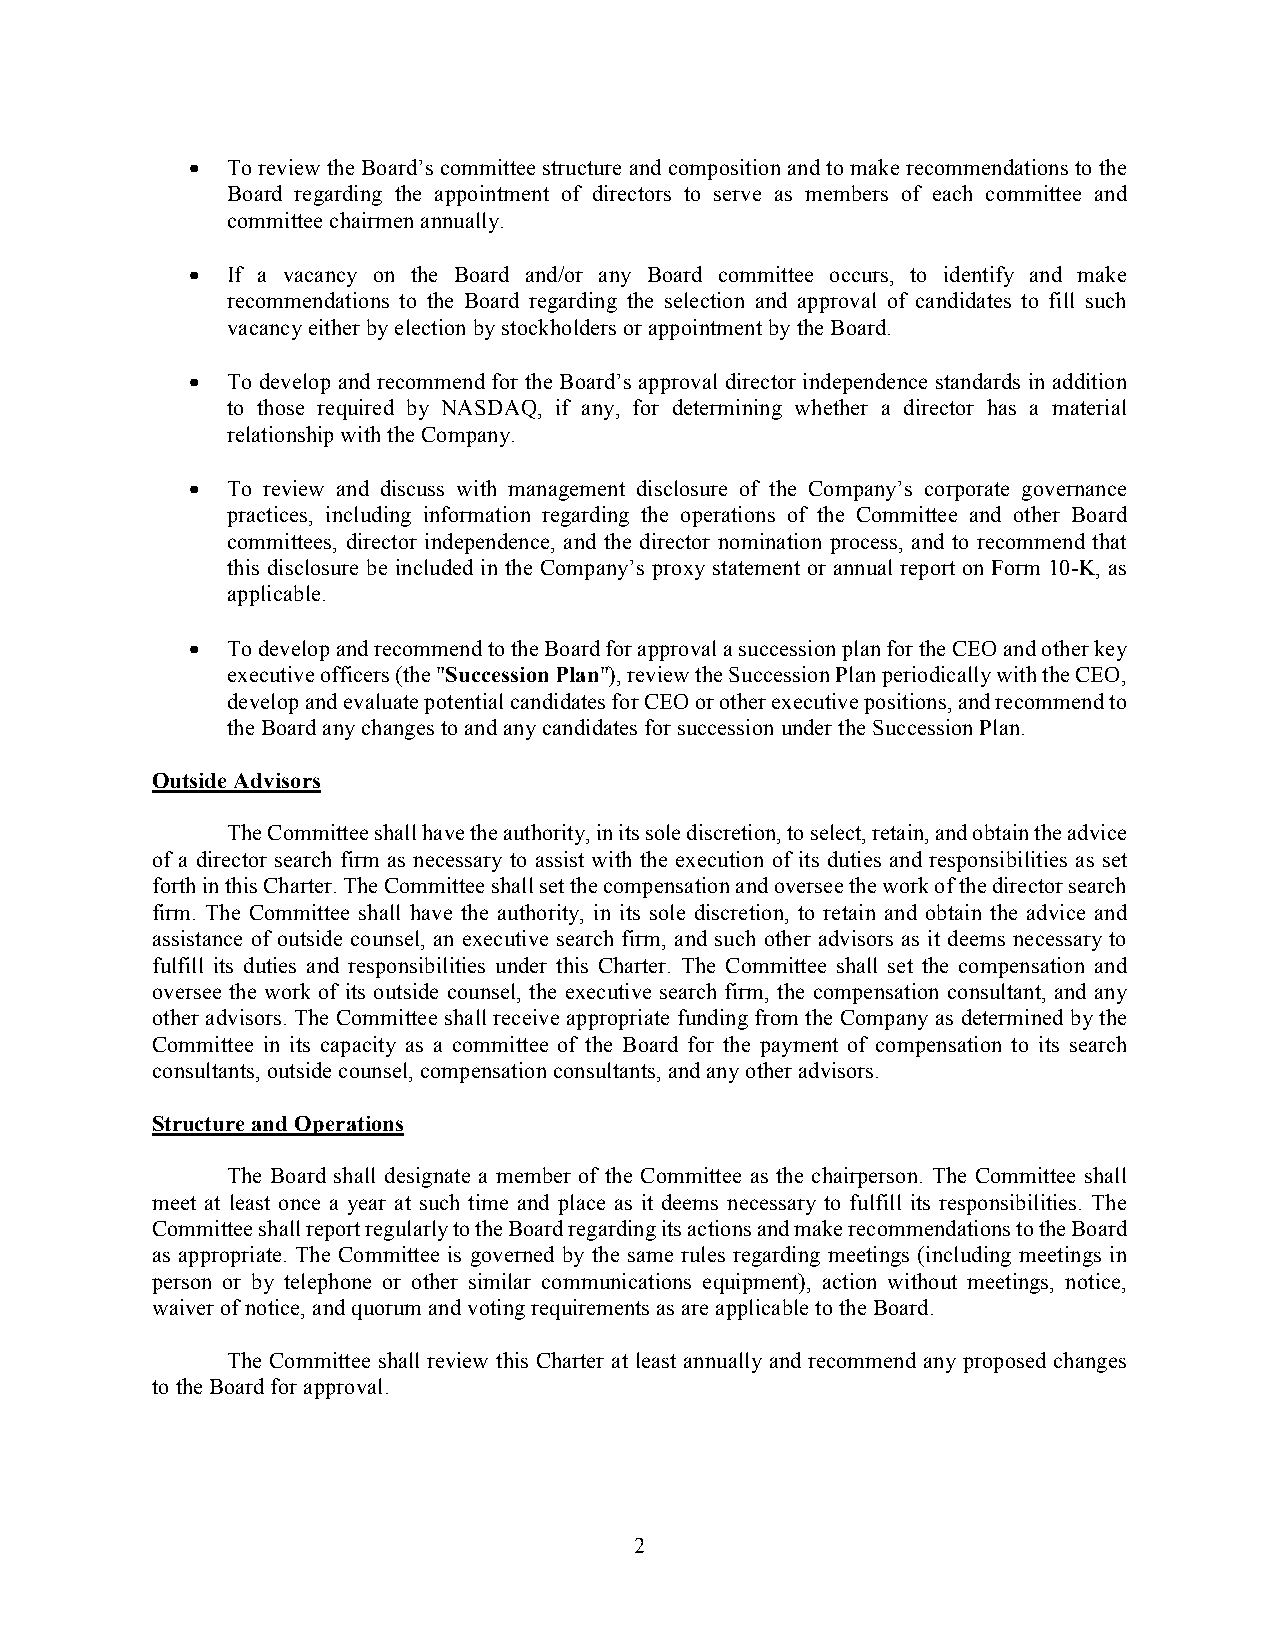
• To review the Board’s committee structure and composition and to make recommendations to the
 Board regarding the appointment of directors to serve as members of each committee and
 committee chairmen annually.
 • If a vacancy on the Board and/or any Board committee occurs, to identify and make
 recommendations to the Board regarding the selection and approval of candidates to fill such
 vacancy either by election by stockholders or appointment by the Board.
 • To develop and recommend for the Board’s approval director independence standards in addition
 to those required by NASDAQ, if any, for determining whether a director has a material
 relationship with the Company.
 • To review and discuss with management disclosure of the Company’s corporate governance
 practices, including information regarding the operations of the Committee and other Board
 committees, director independence, and the director nomination process, and to recommend that
 this disclosure be included in the Company’s proxy statement or annual report on Form 10-K, as
 applicable.
 • To develop and recommend to the Board for approval a succession plan for the CEO and other key
 executive officers (the "Succession Plan"), review the Succession Plan periodically with the CEO,
 develop and evaluate potential candidates for CEO or other executive positions, and recommend to
 the Board any changes to and any candidates for succession under the Succession Plan.
 Outside Advisors
 The Committee shall have the authority, in its sole discretion, to select, retain, and obtain the advice
 of a director search firm as necessary to assist with the execution of its duties and responsibilities as set
 forth in this Charter. The Committee shall set the compensation and oversee the work of the director search
 firm. The Committee shall have the authority, in its sole discretion, to retain and obtain the advice and
 assistance of outside counsel, an executive search firm, and such other advisors as it deems necessary to
 fulfill its duties and responsibilities under this Charter. The Committee shall set the compensation and
 oversee the work of its outside counsel, the executive search firm, the compensation consultant, and any
 other advisors. The Committee shall receive appropriate funding from the Company as determined by the
 Committee in its capacity as a committee of the Board for the payment of compensation to its search
 consultants, outside counsel, compensation consultants, and any other advisors.
 Structure and Operations
 The Board shall designate a member of the Committee as the chairperson. The Committee shall
 meet at least once a year at such time and place as it deems necessary to fulfill its responsibilities. The
 Committee shall report regularly to the Board regarding its actions and make recommendations to the Board
 as appropriate. The Committee is governed by the same rules regarding meetings (including meetings in
 person or by telephone or other similar communications equipment), action without meetings, notice,
 waiver of notice, and quorum and voting requirements as are applicable to the Board.
 The Committee shall review this Charter at least annually and recommend any proposed changes
 to the Board for approval.
 2